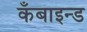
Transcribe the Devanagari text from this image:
कँबाइन्ड